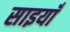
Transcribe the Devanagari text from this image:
साइयाँ